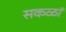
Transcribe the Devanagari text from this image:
सकळां